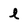
Character: l